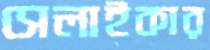
সেলাইকার